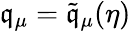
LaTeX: \mathfrak{q}_{\mu}=\tilde{{\mathfrak{q}}}_{\mu}(\eta)